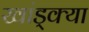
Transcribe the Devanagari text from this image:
खांड्क्या